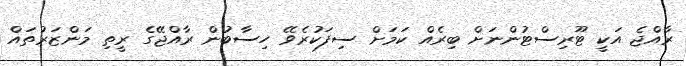
ރާއްޖެ އަކީ ޓޫރިސްޓުންނަށް ބިރެއް ކަމަށް ސިފަކުރެވޭ ހިސާބުން ރާއްޖޭގެ ރީތި މަންޒަރުތައް